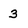
Character: 3